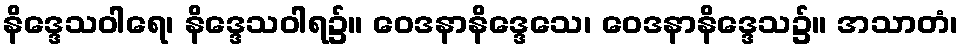
နိဒ္ဒေသဝါရေ၊ နိဒ္ဒေသဝါရ၌။ ဝေဒနာနိဒ္ဒေသေ၊ ဝေဒနာနိဒ္ဒေသ၌။ အသာတံ၊